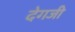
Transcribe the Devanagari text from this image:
देगजी